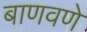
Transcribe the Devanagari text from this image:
बाणवणे